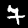
Label: 7